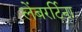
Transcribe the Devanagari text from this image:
लेंबरर्टिना